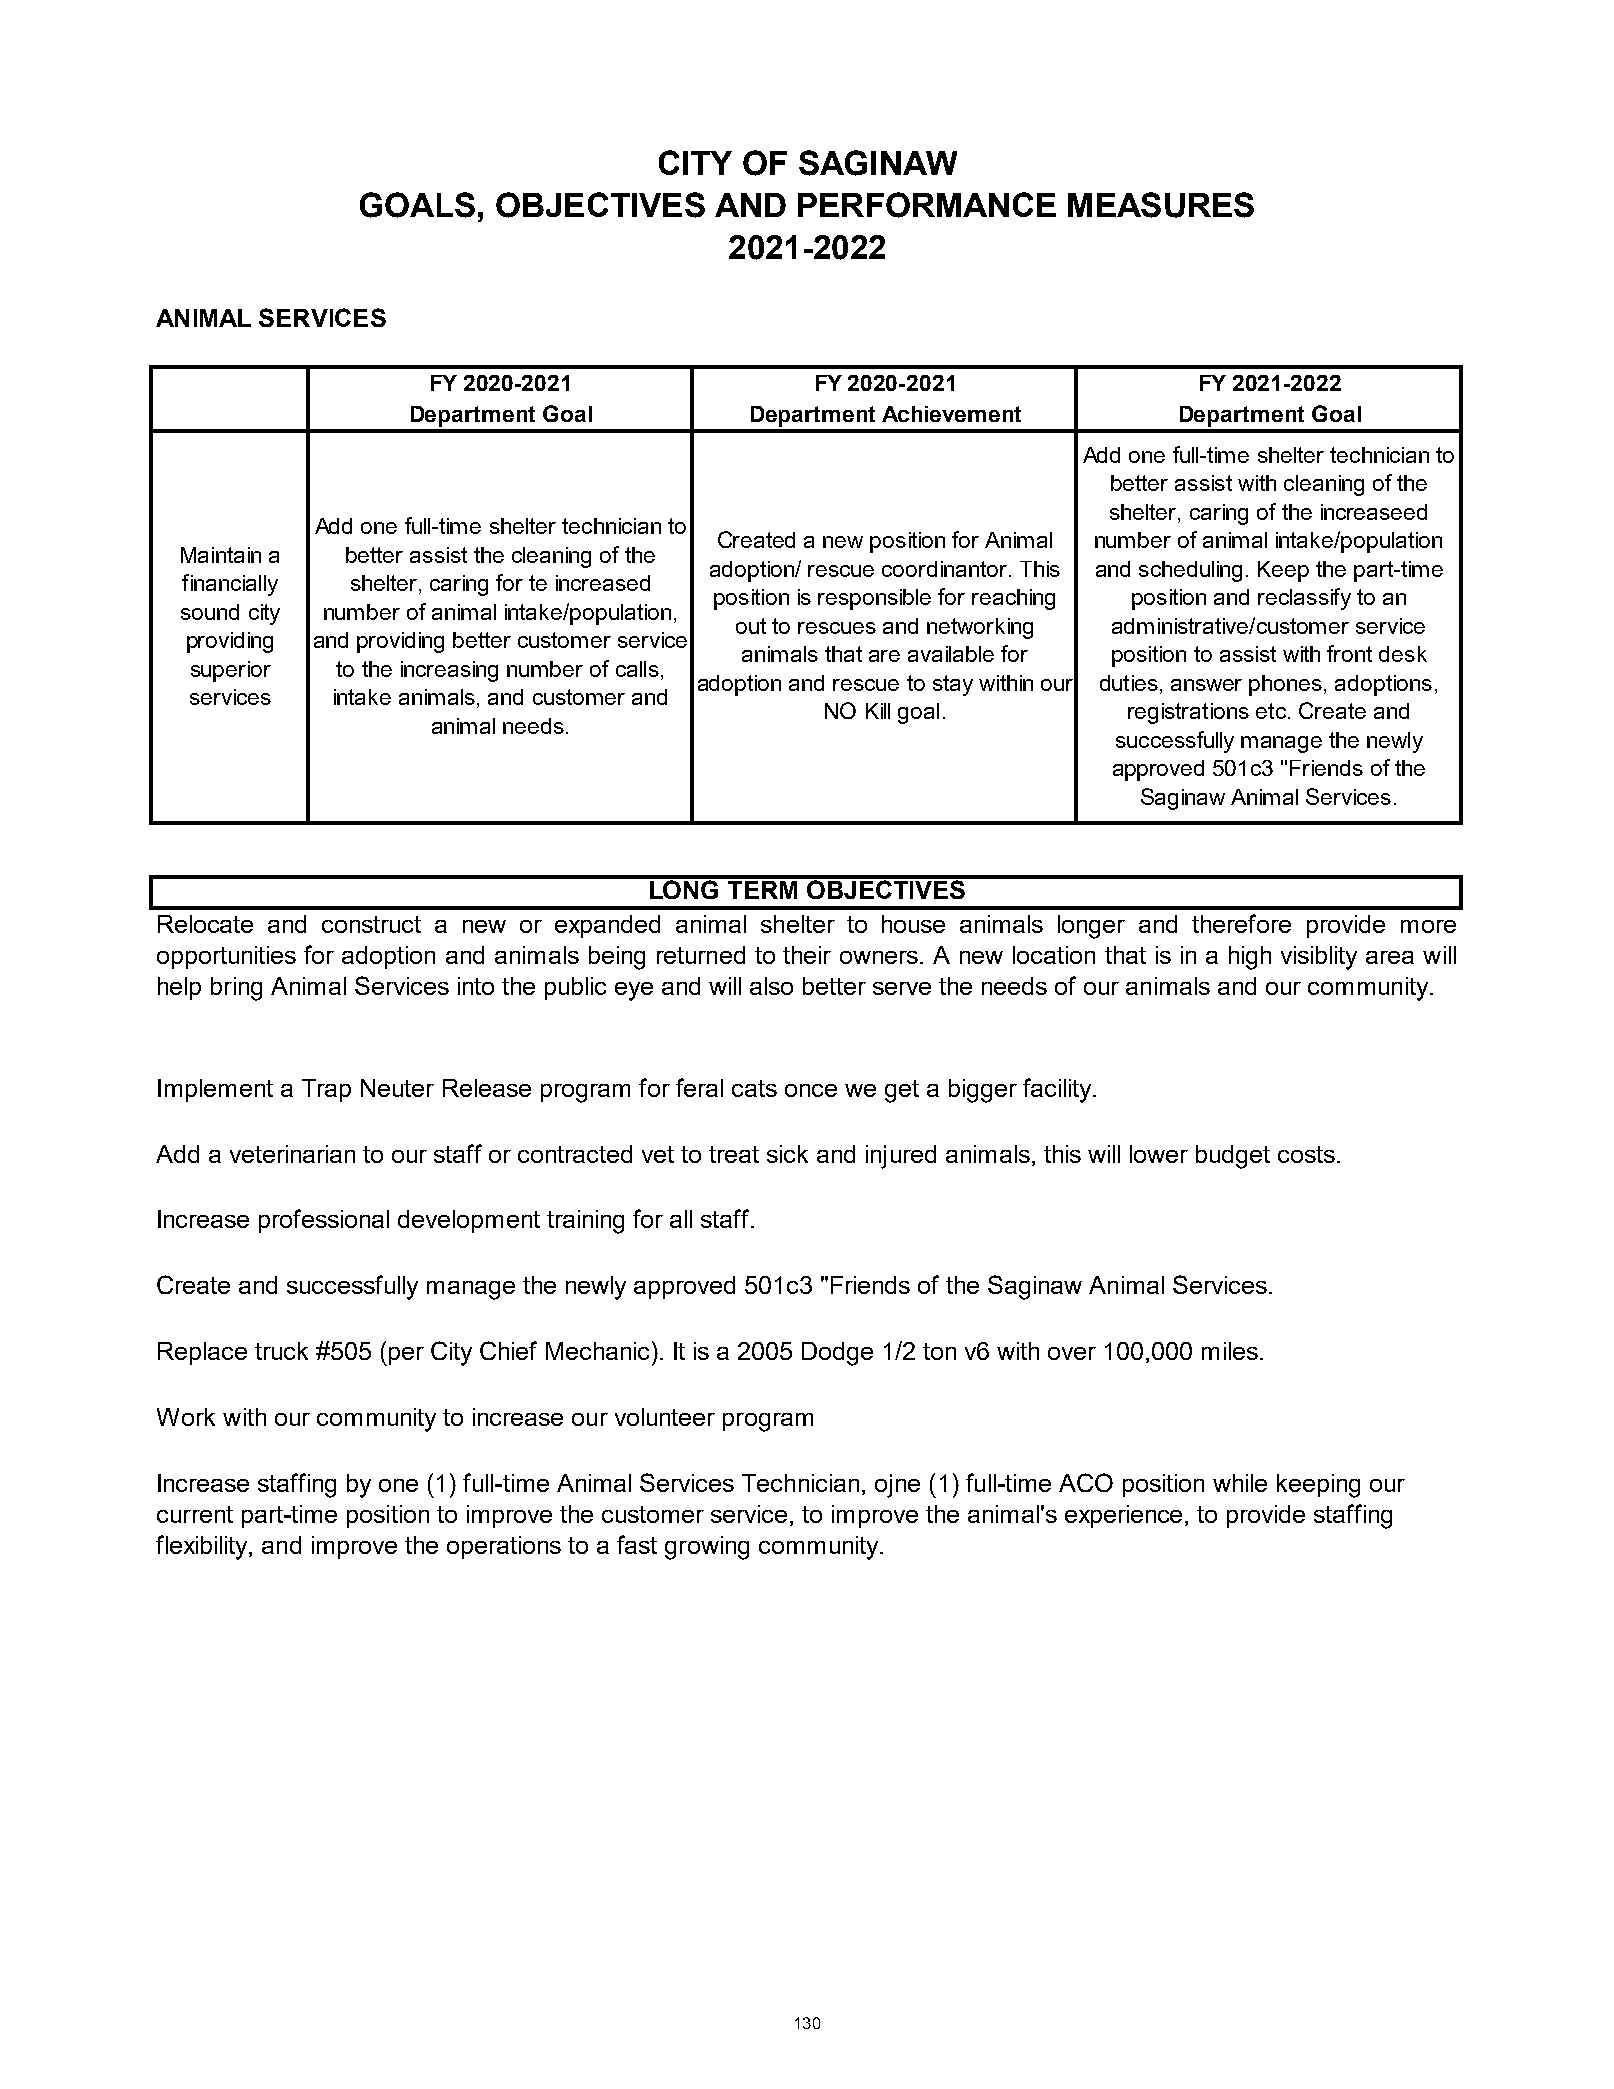
CITY  OF  SAGINAW
 GOALS,   OBJECTIVES    AND   PERFORMANCE       MEASURES
 2021-2022
 ANIMAL SERVICES
 FY 2020-2021              FY 2020-2021             FY 2021-2022
 Department Goal        Department Achievement      Department Goal
 Add one full-time shelter technician to
 better assist with cleaning of the
 shelter, caring of the increaseed
 Add one full-time shelter technician to
 Created a new position for Animal number of animal intake/population
 Maintain a better assist the cleaning of the
 adoption/ rescue coordinantor. This and scheduling. Keep the part-time
 financially shelter, caring for te increased
 position is responsible for reaching position and reclassify to an
 sound city number of animal intake/population,
 out to rescues and networking administrative/customer service
 providing and providing better customer service
 animals that are available for position to assist with front desk
 superior to the increasing number of calls,
 adoption and rescue to stay within our duties, answer phones, adoptions,
 services intake animals, and customer and
 NO Kill goal.        registrations etc. Create and
 animal needs.
 successfully manage the newly
 approved 501c3 "Friends of the
 Saginaw Animal Services.
 LONG TERM OBJECTIVES
 Relocate and construct a new or expanded animal shelter to house animals longer and therefore provide more
 opportunities for adoption and animals being returned to their owners. A new location that is in a high visiblity area will
 help bring Animal Services into the public eye and will also better serve the needs of our animals and our community.
 Implement a Trap Neuter Release program for feral cats once we get a bigger facility.
 Add a veterinarian to our staff or contracted vet to treat sick and injured animals, this will lower budget costs.
 Increase professional development training for all staff.
 Create and successfully manage the newly approved 501c3 "Friends of the Saginaw Animal Services.
 Replace truck #505 (per City Chief Mechanic). It is a 2005 Dodge 1/2 ton v6 with over 100,000 miles.
 Work with our community to increase our volunteer program
 Increase staffing by one (1) full-time Animal Services Technician, ojne (1) full-time ACO position while keeping our
 current part-time position to improve the customer service, to improve the animal's experience, to provide staffing
 flexibility, and improve the operations to a fast growing community.
 130